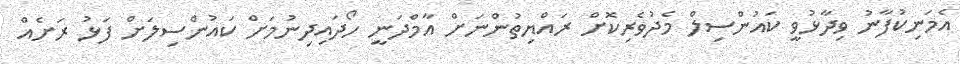
އެމަނިކުފާނު ވިދާޅުވީ ކައުންސިލް މެދުވެރިކޮށް ރައްޔިތުންނަށް އާމްދަނީ ހޯދައިދިނުމަށް ކައުންސިލަށް ފަޅު ރަށެއް